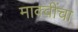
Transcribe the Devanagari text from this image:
माक्वींचा